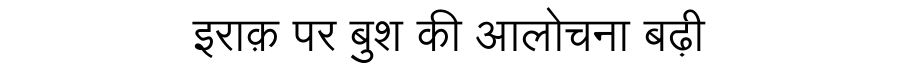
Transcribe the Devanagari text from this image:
इराक़ पर बुश की आलोचना बढ़ी